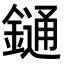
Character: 𨫤